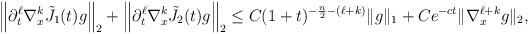
LaTeX: \begin{align*} \left\| \partial_{t}^{\ell} \nabla_{x}^{k}\tilde{J}_{1}(t)g\right\|_{2}+\left\| \partial_{t}^{\ell} \nabla_{x}^{k}\tilde{J}_{2}(t)g\right\|_{2}& \le C(1+t)^{-\frac{n}{2}-(\ell+ k)}\| g \|_{1} + C e^{-ct} \| \nabla_{x}^{\ell+k} g\|_{2}, \end{align*}